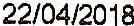
22/04/2018